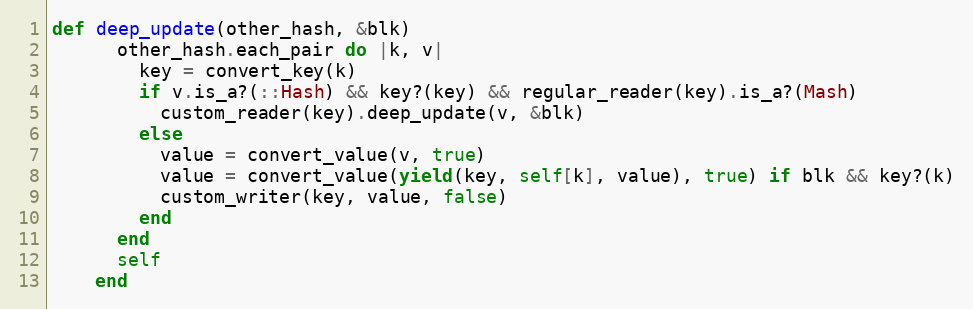
Language: Ruby
def deep_update(other_hash, &blk)
      other_hash.each_pair do |k, v|
        key = convert_key(k)
        if v.is_a?(::Hash) && key?(key) && regular_reader(key).is_a?(Mash)
          custom_reader(key).deep_update(v, &blk)
        else
          value = convert_value(v, true)
          value = convert_value(yield(key, self[k], value), true) if blk && key?(k)
          custom_writer(key, value, false)
        end
      end
      self
    end